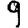
Digit: 9